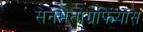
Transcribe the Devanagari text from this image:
सेनेमैतोग्रफियास